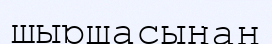
шыршасынан